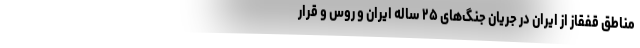
مناطق قفقاز از ایران در جریان جنگ­های ۲۵ ساله ایران و روس و قرار­